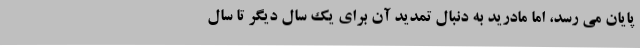
پایان می رسد، اما مادرید به دنبال تمدید آن برای یک سال دیگر تا سال